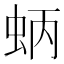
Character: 蛃